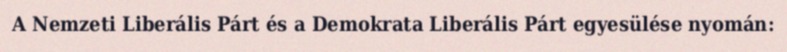
A Nemzeti Liberális Párt és a Demokrata Liberális Párt egyesülése nyomán: